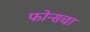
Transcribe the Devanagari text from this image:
फोन्सचा